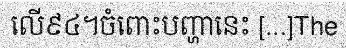
លើ៩៤។ចំពោះបញ្ហានេះ [...]The